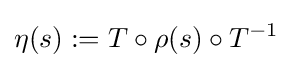
\eta (s):=T\circ \rho (s)\circ T^{-1}